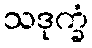
သဒုက္ခံ